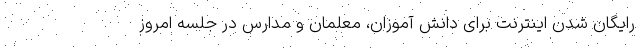
رایگان شدن اینترنت برای دانش آموزان، معلمان و مدارس در جلسه امروز